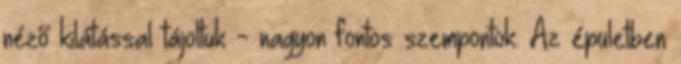
néző kilátással tájoltuk - nagyon fontos szempontok. Az épületben